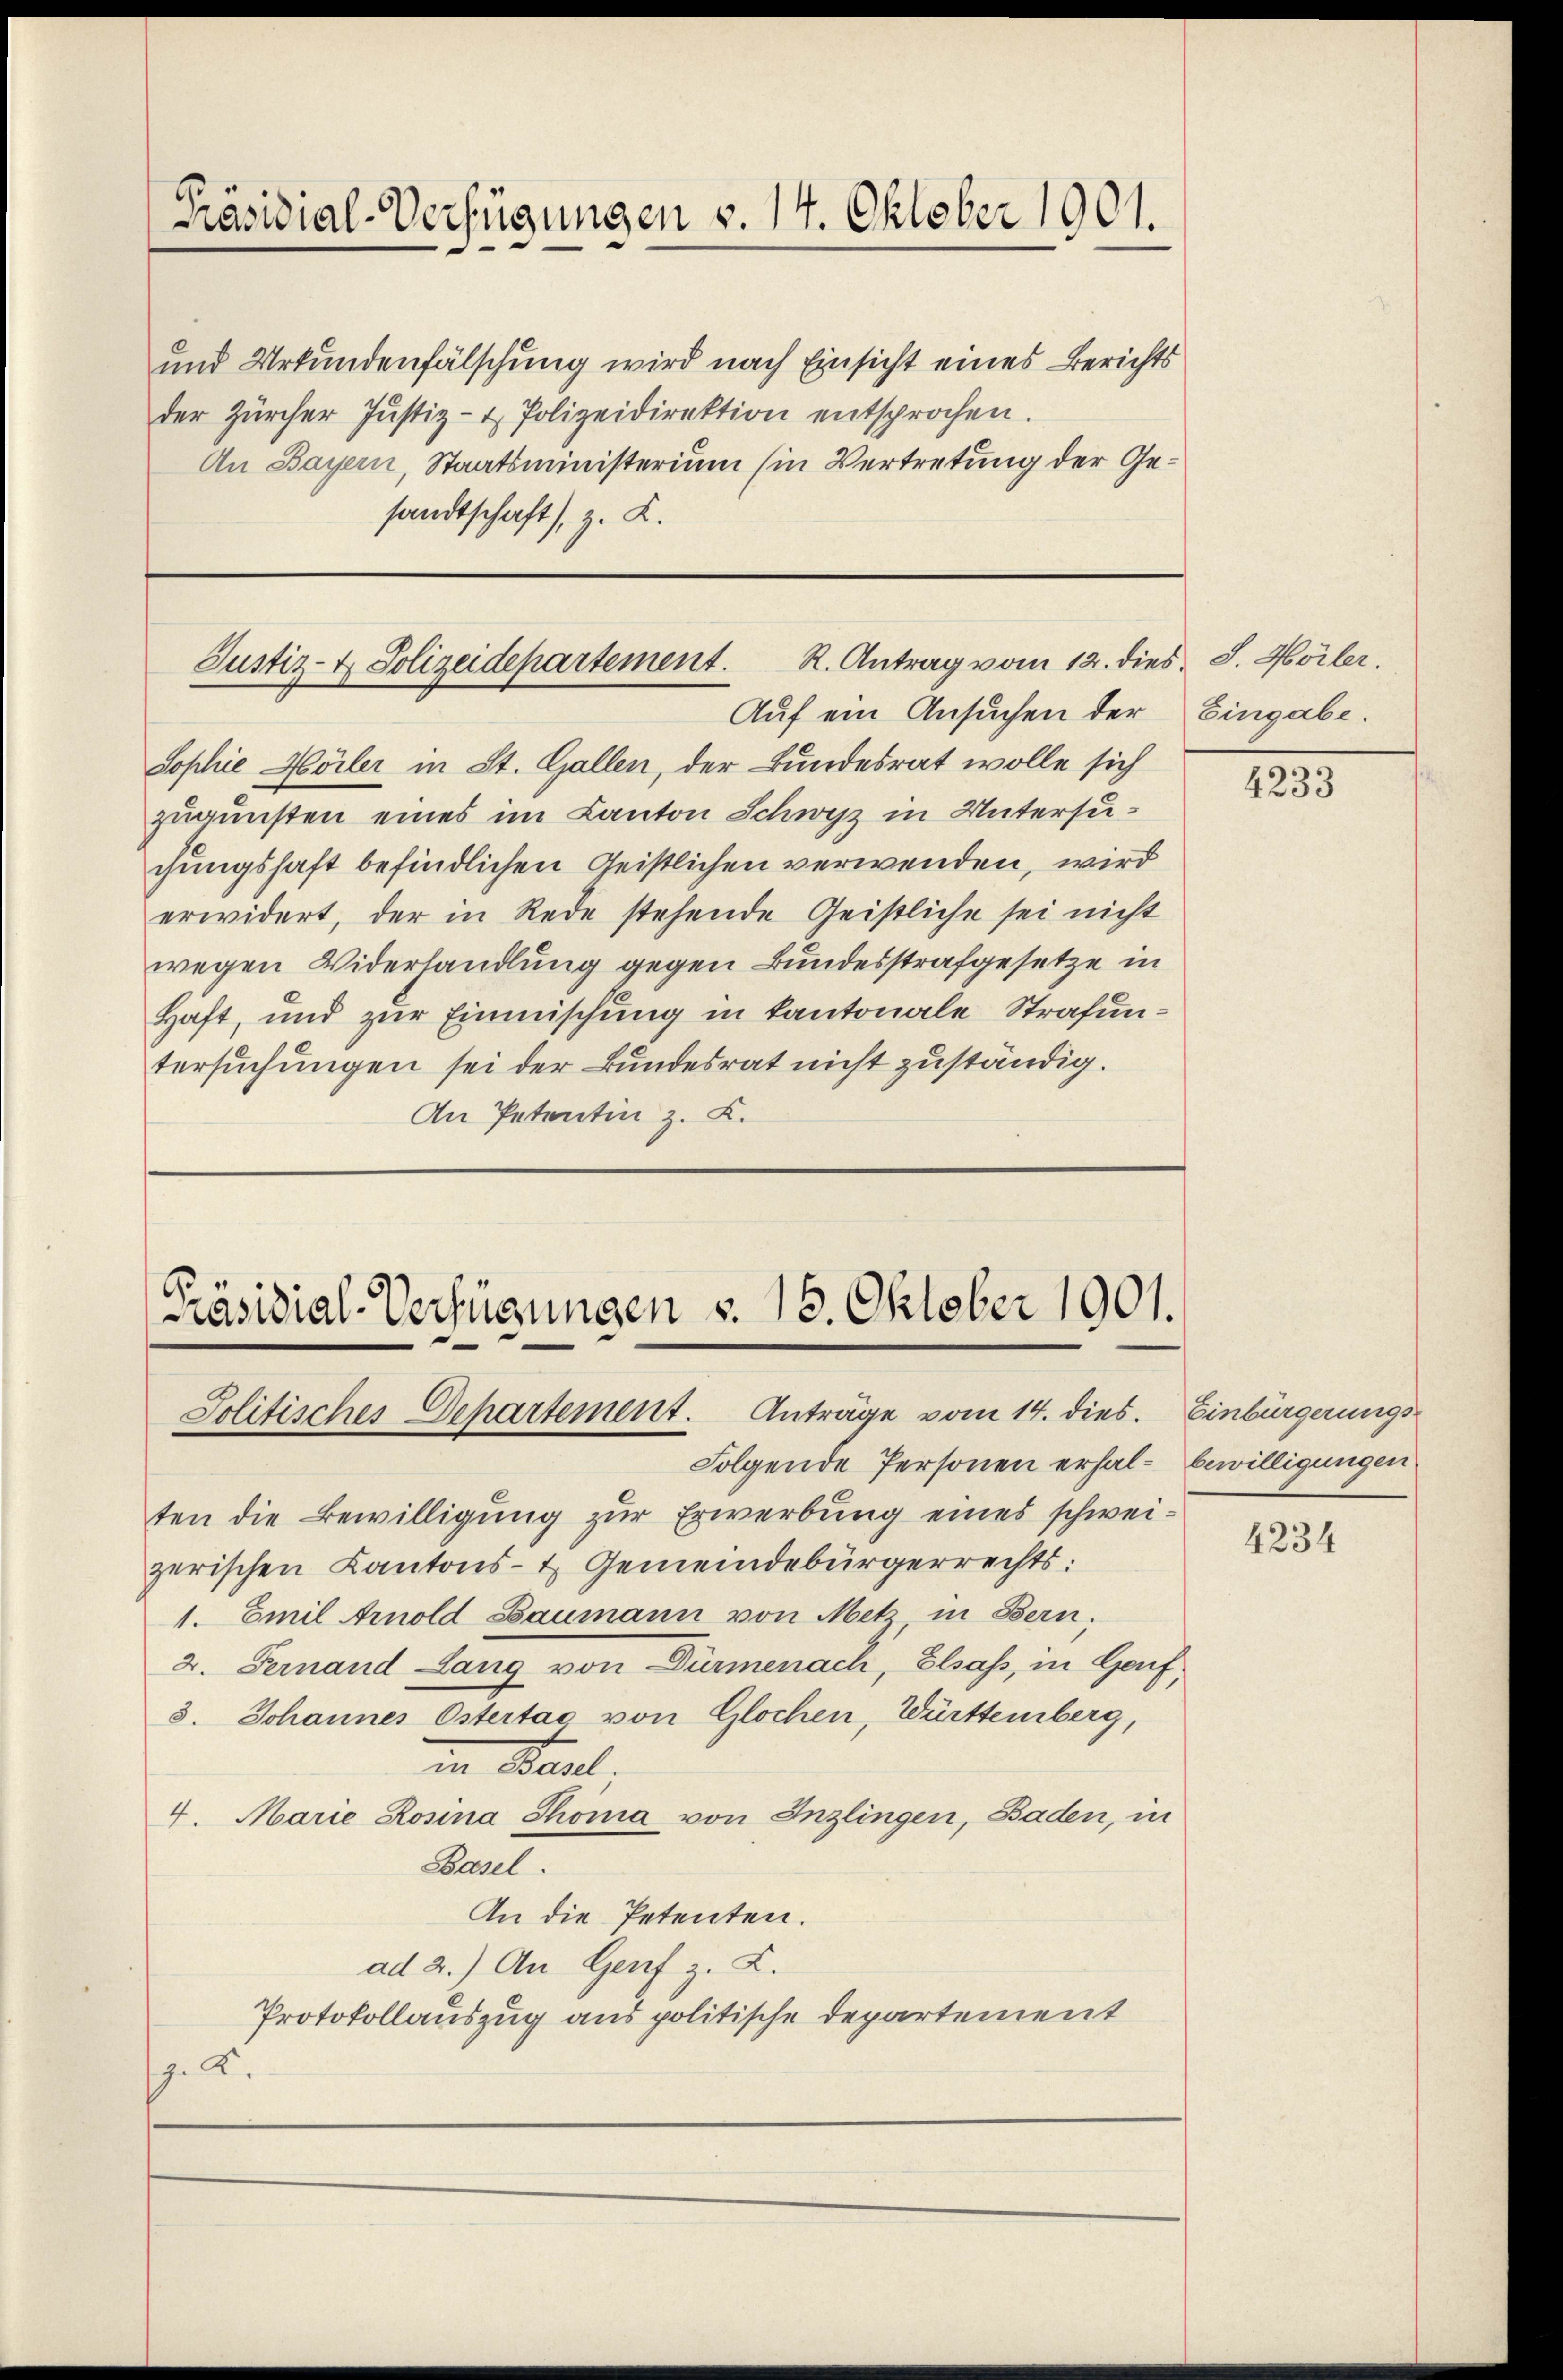
Präsidial-Verfügungen v. 14. Oktober 1901.

und Urkundenfälschung wird nach Einsicht eines Berichts
der Zürcher Justiz- & Polizeidirektion entsprochen.
An Bayern, Staatsministerium (in Vertretung der Gesandtschaft, z. K.

Justiz- & Polizeidepartement. R. Antrag vom 12. dies. S. Höiler.
Auf ein Ansuchen der

Sophie Hörler in St. Gallen, der Bundesrat wolle sich
zugunsten eines im Canton Schwyz in Untersuchungshaft befindlichen Geistlichen verwenden, wird
erwidert, der in Rede stehende Geistliche sei nicht
wegen Widerhandlung gegen Bundesstrafgesetze in
Haft, und zur Einmischung in kantonale Strafuntersuchungen sei der Bundesrat nicht zuständig.
An Petentin z. B.

Präsidial-Verfügungen v. 18. Oktober 1901.
Jolitisches Departement. Anträge vom 14. dies. Einbürgerungs

Folgende Personen erhal-Bewilligungen
ten die Bewilligung zur Erwerbung eines schweizerischen Kantons- & Gemeindebürgerrechts:
1. Emil Arnold Baumann von Metz in Bern,
2. Fernand Lang von Dürmenach, Elsass, in Genf,
3. Johannes Ostertag von Glochen, Württemberg,
in Basl
4. Marie Rosina Thoma von Inzlingen, Baden, in
Basel.
An die Petenten.
ad 2.) An Genf z. L.
Protokollauszug aus politische Departement
z. d.

Eingabe.

4233

4234